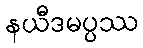
နယီဒမပ္ပဿ